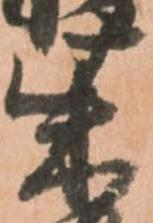
柴